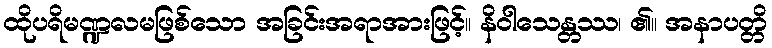
ထိုပရိမဏ္ဍလမဖြစ်သော အခြင်းအရာအားဖြင့်။ နိဝါသေန္တဿ၊ ၏။ အနာပတ္တိ